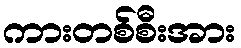
ကားတစ်စီးအား